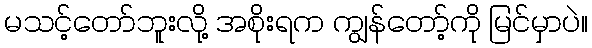
မသင့်တော်ဘူးလို့ အစိုးရက ကျွန်တော့်ကို မြင်မှာပဲ။